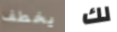
يخطف لك